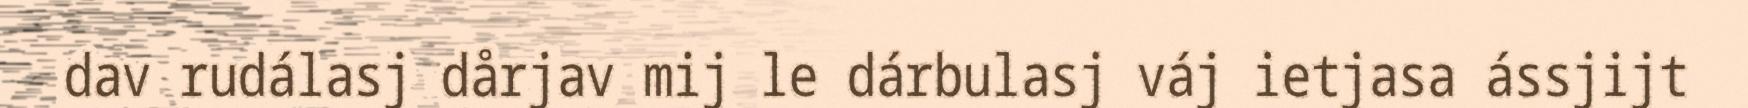
dav rudálasj dårjav mij le dárbulasj váj ietjasa ássjijt